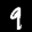
Label: 9